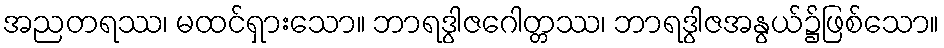
အညတရဿ၊ မထင်ရှားသော။ ဘာရဒွါဇဂေါတ္တဿ၊ ဘာရဒွါဇအနွယ်၌ဖြစ်သော။